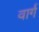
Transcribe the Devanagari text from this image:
वार्ग